King Institute of Preventive Medicine Bacteriolog. Section reports 1907-08
Year: 1907
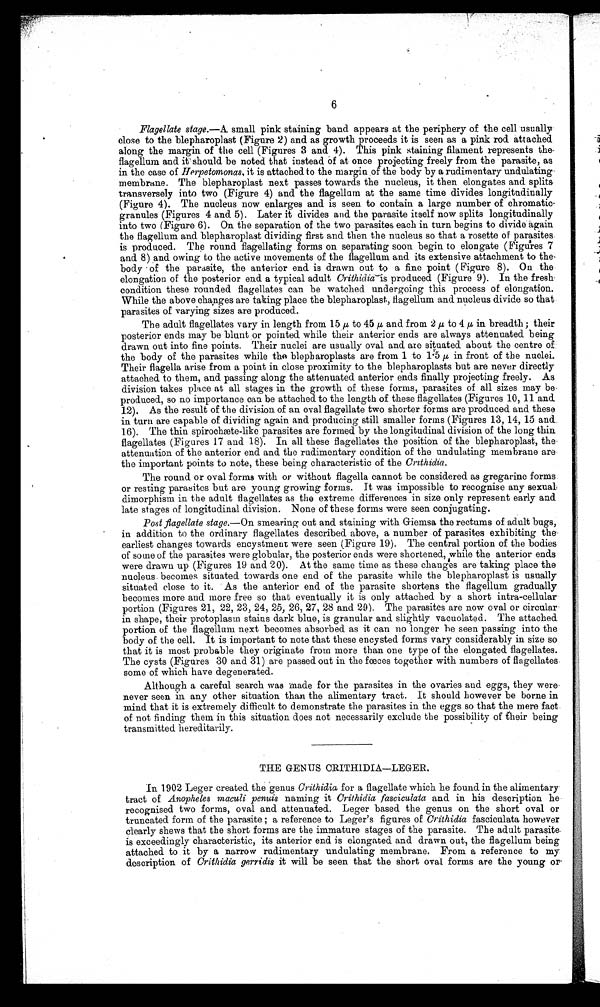
Flagellate stage.—A. small pink staining band appears at the periphery of the cell usually
close to the blepharoplast (Figure 2) and as growth proceeds it is seen as a pink rod attached
along the margin of the cell (Figures 3 and 4). This pink staining filament represents
t h e f l a g e l l u m a n d i t s h o u l d b e n o t e d t h a t i n s t e a d o f a t o n c e p r o j e c t i n g f r e e l y f r o m t h e p a r a s i t e , a s
in the case of Herpetomonas, it is attached to the margin of the body by a rudimentary undulating
membrane. The blepharoplast next passes towards the nucleus, it then elongates and
splits transversely into two (Figure 4) and the flagellum at the same time divides longitudinally
(Figure 4). The nucleus now enlarges and is seen to contain a large number of chromatic-
granules (Figures 4 and. 5). Later it divides and the parasite itself now splits longitudinally
into two (Figure 6). On the separation of the two parasites each in turn begins to divide again
the flagellum and blepharoplast dividing first and then the nucleus so that a rosette of parasites
is produced. The round flagellating forms on separating soon begin to elongate (Figures 7
and 8) and owing to the active movements of the flagellum and its extensive attachment to the
body of the parasite, the anterior end is drawn out to a fine point (Figure 8). On the
elongation of the posterior end a typical adult Crithidia is produced (Figure 9). In the fresh
condition these rounded flagellates can be watched undergoing this process of elongation.
While the above changes are taking place the blepharoplast, flagellum and nucleus divide so that
parasites of varying sizes are produced.
The adult flagellates vary in length from 15 μ to 45 μ and from 2 μ to 4 μ in breadth; their
posterior ends may be blunt or pointed while their anterior ends are always attenuated being
drawn out into fine points. Their nuclei are usually oval and are situated about the centre of
the body of the parasites while the blepharoplasts are from 1 to 1.5μ in front of the nuclei.
Their flagella arise from a point in close proximity to the blepharoplasts but are never directly
attached to them, and passing along the attenuated anterior ends finally projecting freely. As
division takes place at all stages in the growth of these forms, parasites of all sizes may be
produced, so no importance can be attached to the length of these flagellates (Figures 10, 11 and
12). As the result of the division of an oval flagellate two shorter forms are produced and these
in turn are capable of dividing again and producing still smaller forms (Figures 13, 14, 15 and
16). The thin spirochæte-like parasites are formed by the longitudinal division of the long thin
flagellates (Figures 17 and 18). In all these flagellates the position of the blepharoplast, the
attenuation of the anterior end and the rudimentary condition of the undulating membrane are
the important points to note, these being characteristic of the Crithidia.
The round or oval forms with or without flagella cannot be considered as gregarine forms
or resting parasites but are young growing forms. It was impossible to recognise any sexual,
dimorphism in the adult flagellates as the extreme differences in size only represent early and
late stages of longitudinal division. None of these forms were seen conjugating.
Post flagellate stage.—On smearing out and staining with Giemsa the rectums of adult bugs,
in addition to the ordinary flagellates described above, a number of parasites exhibiting the,
earliest changes towards encystment were seen (Figure 19). The central portion of the bodies
of some of the parasites were globular, the posterior ends were shortened, while the anterior ends
were drawn up (Figures 19 and 20). At the same time as these changes are taking place the
nucleus, becomes situated towards one end of the parasite while the blepharoplast is usually
situated close to it. As the anterior end of the parasite shortens the flagellum gradually
becomes more and more free so that eventually it is only attached by a short intra-cellular
portion (Figures 21, 22, 23, 24, 25, 26, 27, 28 and 29). The parasites are now oval or circular
in shape, their protoplasm stains dark blue, is granular and slightly vacuolated. The attached
portion of the flagellum next becomes absorbed as it can no longer be seen passing into the
body of the cell. It is important to note that these encysted forms vary considerably in size so
that it is most probable they originate from more than one type of the elongated flagellates.
The cysts (Figures 30 and 31) are passed out in the fœces together with numbers of flagellates
some of which have degenerated.
Although a careful search was made for the parasites in the ovaries and eggs, they- were
never seen in any other situation than the alimentary tract. It should however be borne in
mind that it is extremely difficult to demonstrate the parasites in the eggs so that the mere fact
of not finding them in this situation does not necessarily exclude the possibility of their being
transmitted hereditarily.
THE GENUS CRITHIDIA—LEGER.
In 1902 Leger created the genus Crithidia for a flagellate which he found in the alimentary-
tract of Anopheles maculi penuis naming it Crithidia fasciculata and in his description he
recognised two forms, oval and attenuated. Leger based the genus on the short oval or
truncated form of the parasite ; a reference to Leger's figures of Crithidia fasciculata however
clearly shews that the short forms are the immature stages of the parasite. The adult parasite
is exceedingly characteristic, its anterior end is elongated and drawn out, the flagellum being
attached to it by a narrow rudimentary undulating membrane. From a reference to my
description of Crithidia gerridis it will be seen that the short oval forms are the young or